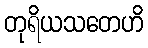
တုရိယသတေဟိ